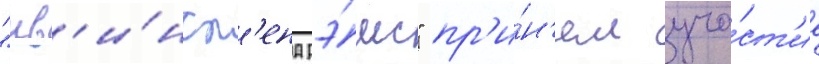
"кв'и́нсл'енд рэ́мс" пр'и́н'ял уча́ст'ие